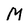
Character: M